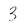
Character: 3